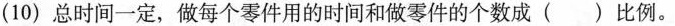
(10)总时间一定，做每个零件用的时间和做零件的个数成( )比例。